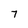
Character: 7